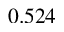
0 . 5 2 4